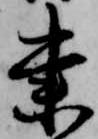
東